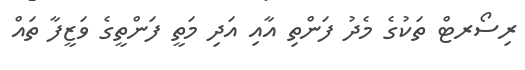
ރިސޯރޓް ތަކުގެ މެދު ފަންތި އާއި އަދި މަތީ ފަންތީގެ ވަޒީފާ ތައް